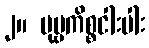
၂။ ပုဗ္ဗကိစ္စငါးပါး